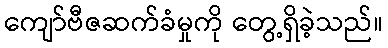
ကျော်ဗီဇဆက်ခံမှုကို တွေ့ရှိခဲ့သည်။